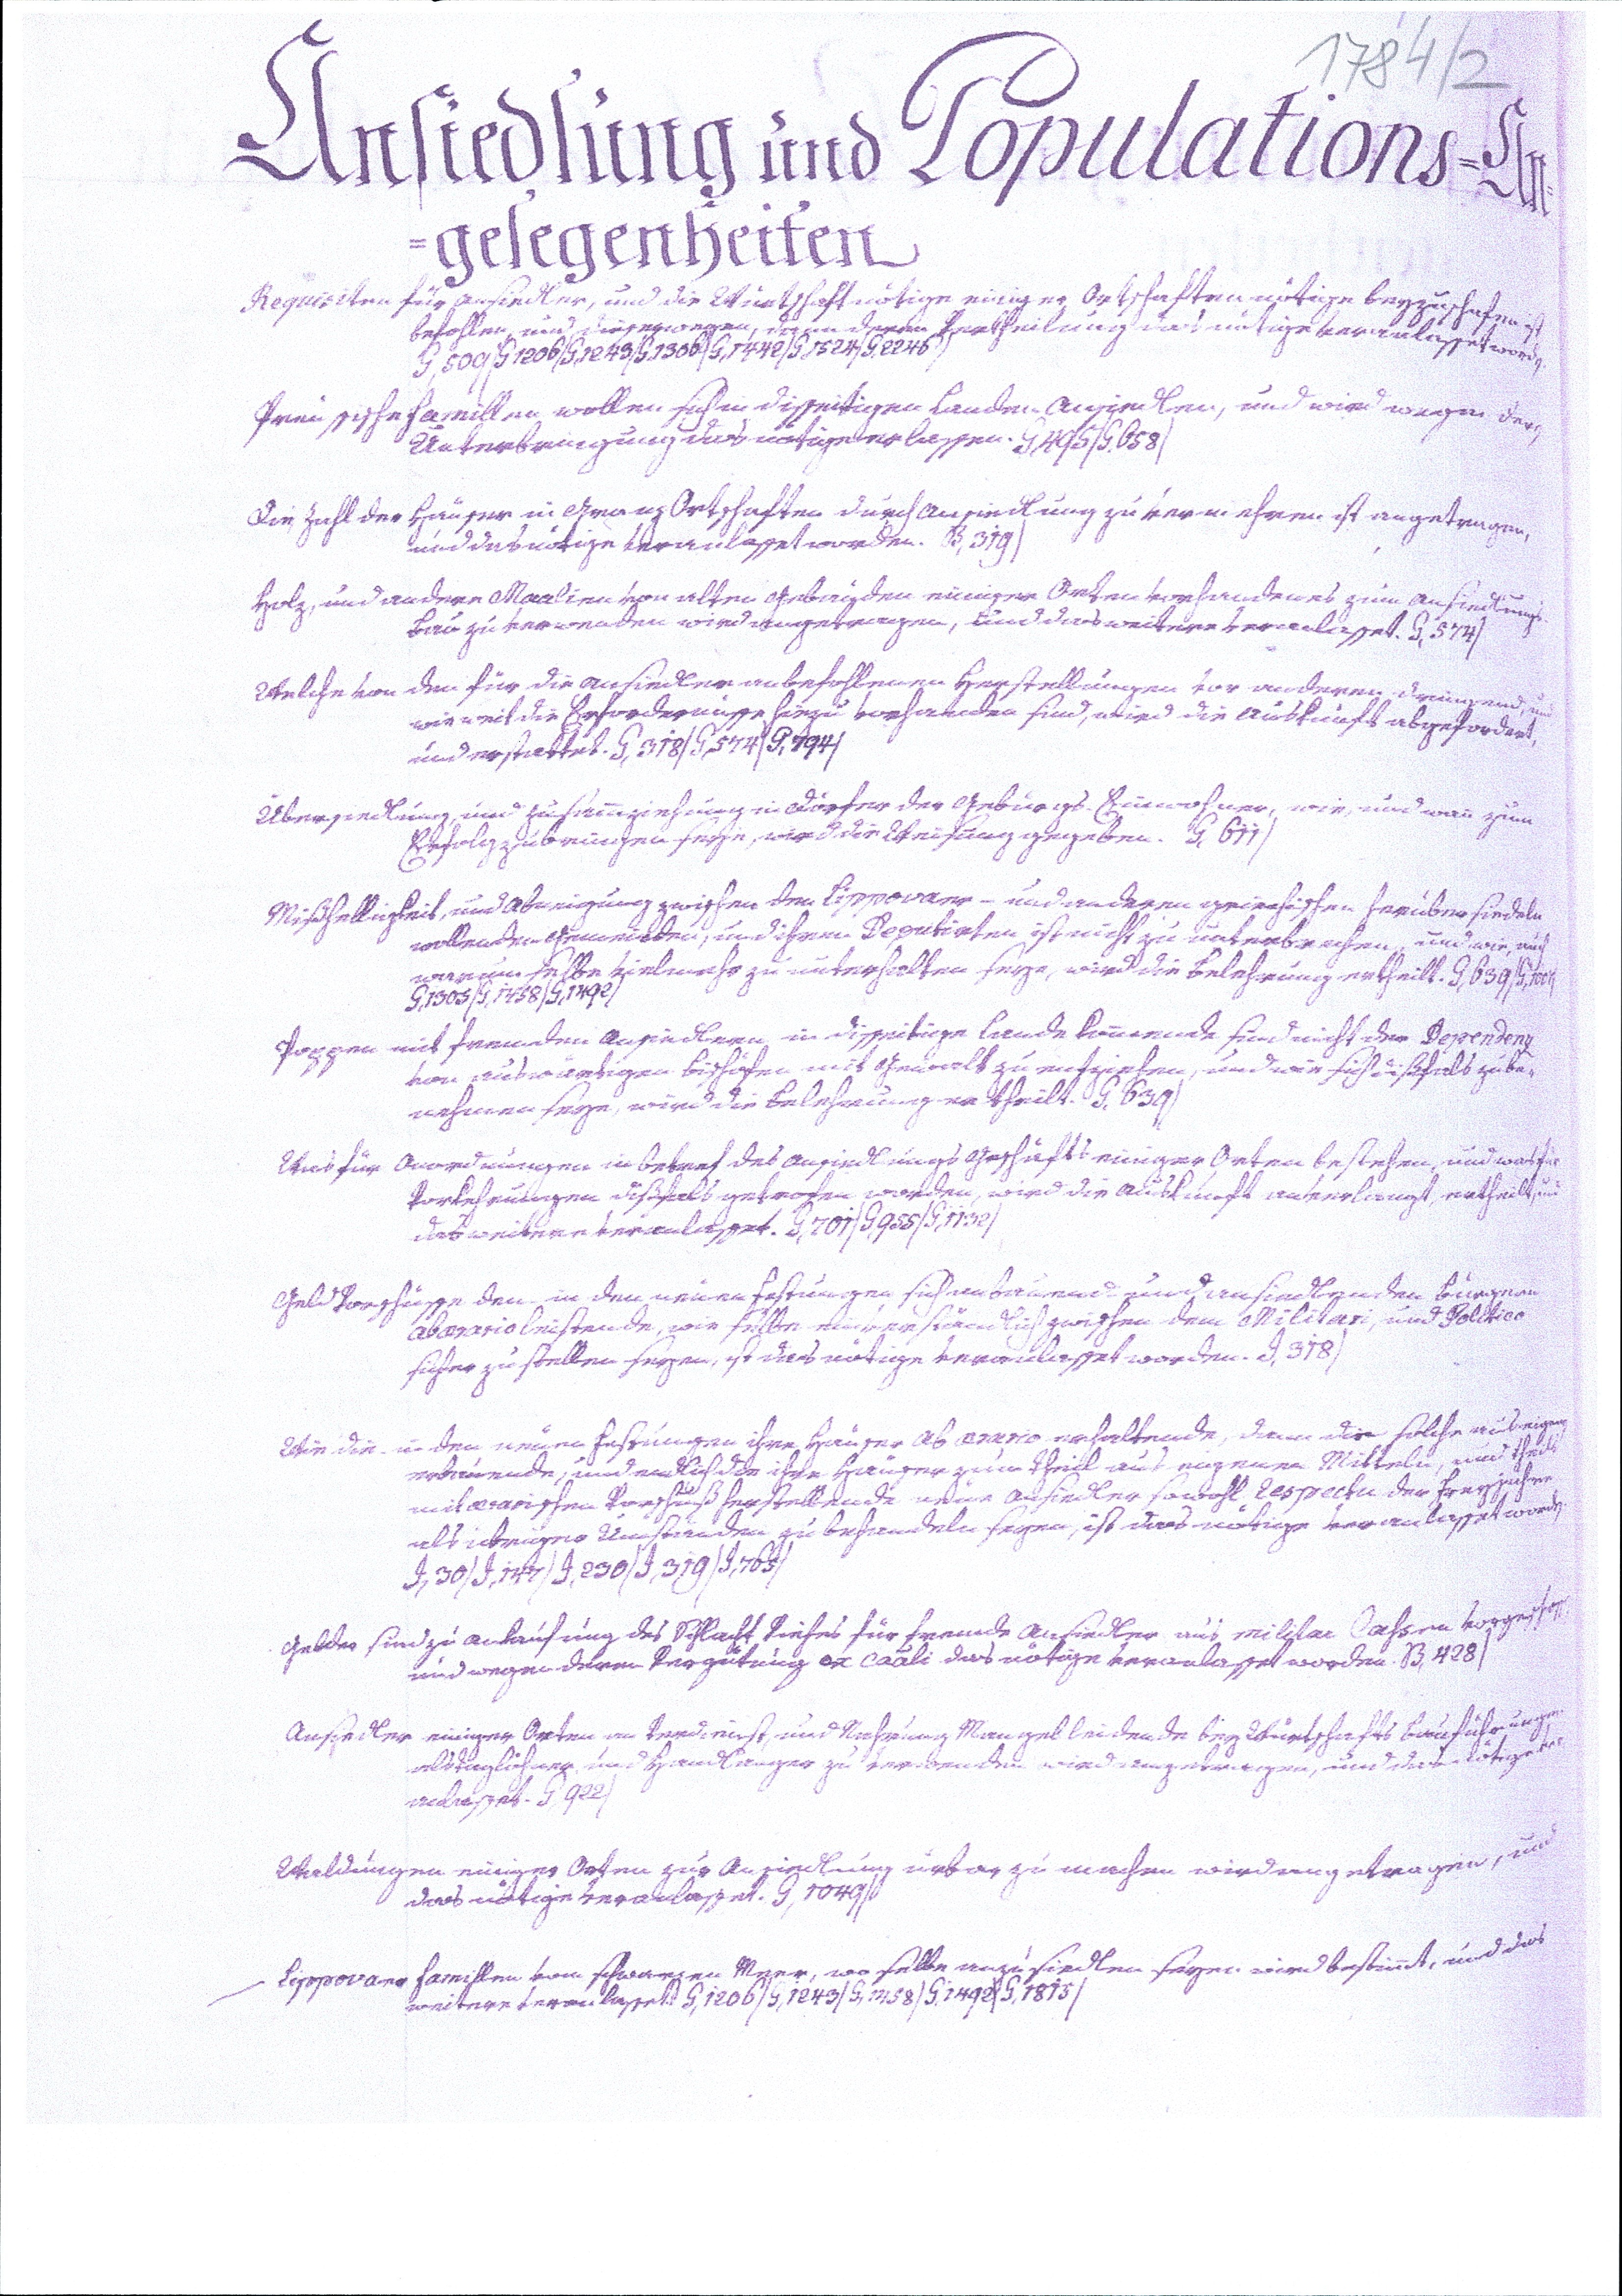
1784/2
Ansiedlung und Populations=An¬
gelegenheiten
Requisiten für Ansiedler, und die Würtschaft nötige einiger Ortschaften nötige beyzuschafen ist
befohlen, und dieserwegen, dann deren Vertheilung das nötige veranlasset worden.
G,509/G1206/G,1243/G,1306/G,1442/G,1524/G,2246/
Preissische Famillen wollen sich in disseitigen Landen ansiedlen, und wird wegen der
Unterbringung das nötige erlassen. G,495/G,658/
Die Zahl der Häuser in Granz Ortschaften durch Ansiedlung zu vermehren ist angetragen,
und das nötige veranlasset werden. B,319/
Holz, und andere Maalien von alten Gebäuden einiger Orten vorhandenes zum Ansiedlungs¬
Bau zu verwenden wird angetragen, und das weitere veranlasset. G,574/
Welche von den für die Ansiedler anbefohlenen Herstellungen vor anderen dringend, und
wie weit die Erfordernisse hiezu vorhanden sind, wird die Auskunft abgefordert,
und erstattet. G,318/G,574/G,794/
Übersiedlung, und Zusammziehung in Dörfer der Gebürgs-Einwohner, wie, und wann zum
Erfolg zu bringen seyn, wird die Weisung gegeben. G,611/
Mißhelligkeit, und Abneigung zwischen den Lippovaer - und anderen griechischen herübersiedeln
wollenden Gemeinden, und ihren Deputirten ist nicht zu unterbrechen, und wie, auch
warum selbe vielmehr zu unterhalten seye, wird die Belehrung ertheilt. G,639/G,1007/
G,1305/G,1458/G,1492/
Poppen mit fremden Ansiedlern in disseitige Lande kommende sind nicht der Dependenz
von auswärtigen Bischöfen mit Gewalt zu entziehen, und wie sich dißfals zu be¬
nehmen seye, wird die Belehrung ertheilt. G,639/
Was für Anordnungen in betref des Ansiedlungs Geschäfts einiger Orten bestehen, und was für
Vorkehrungen dißfals getrofen worden, wird die Auskunft anverlangt, ertheilt, und
das weitere veranlasset. G,701/G,955/G,1132/
Geld Vorschüsse den in den neuen Festungen sich anbauend und ansiedlenden Bürgern
ab aerario leistende, wie selbe einverständlich zwischen dem Militari, und Politico
sicher zu stellen seyen, ist das nötige veranlasset worden. D,318/
Wie die in den neuen Festungen ihre Häuser ab Aerario erhaltende, dann die solche aus eignen
erbauende, und endlich die ihre Häuser zum Theil aus eigenen Mitteln, und theils
mit aerarischen Vorschuß herstellende neue Ansiedler sowohl respectu der Freyjahre
als abruptio Umständen zu behandeln seyen, ist das nötige veranlasset worden.
D,30/D,147/D,230/D,319/D,765/
Gelder sind zu Ankaufung des Schlacht Viehes für fremde Ansiedler aus militar Cassen vorgeschossen,
und wegen deren Vergütung ex caali das nötige veranlasset worden. B,428/
Ansiedler einiger Orten an Verdienst, und Nahrung Mangel leidende bey Würtschafts Bau führungen
als Taglöhner und Handlanger zu verwenden wird angetragen, und das nötige ver¬
anlasset. G,922/
Waldungen einiger Orten zur Ansiedlung urbar zu machen wird angetragen, und
das nötige veranlasset. G,1049/
Lippovaer Famillen vom schwarzen Meer, wo selbe anzusiedlen seyen wird bestimmt, und das
weitere veranlasset. G,1206/G,1243/G,1458/G,1492/G,1815/